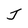
Character: J